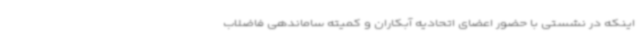
اینکه در نشستی با حضور اعضای اتحادیه آبکاران و کمیته ساماندهی فاضلاب